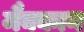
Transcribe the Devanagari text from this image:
मैक्कान